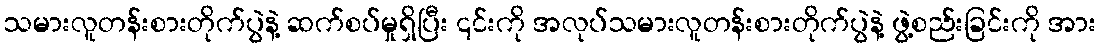
သမားလူတန်းစားတိုက်ပွဲနဲ့ ဆက်စပ်မှုရှိပြီး ၎င်းကို အလုပ်သမားလူတန်းစားတိုက်ပွဲနဲ့ ဖွဲ့စည်းခြင်းကို အား